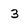
Character: 3